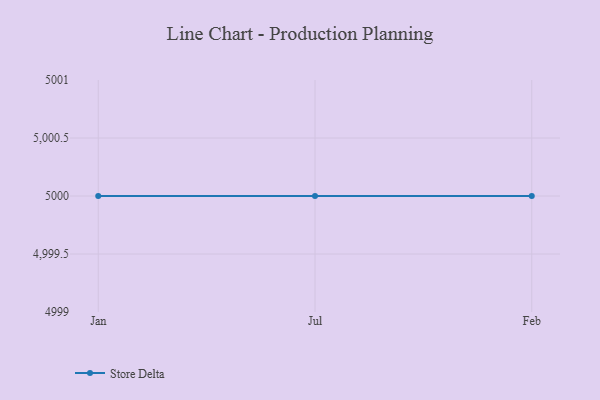
{"axis": {"x": "Month", "y": "Shipments"}, "legend": ["Store Delta"], "data": [{"x": "Jan", "y": 5000, "type": "Store Delta"}, {"x": "Jul", "y": 5000, "type": "Store Delta"}, {"x": "Feb", "y": 5000, "type": "Store Delta"}]}